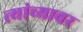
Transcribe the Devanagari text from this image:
त्यांच्यावर